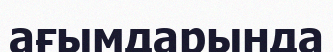
ағымдарында